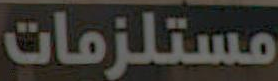
مستلزمات